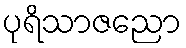
ပုရိသာဇညော